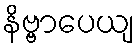
နိဗ္ဗာပေယျ